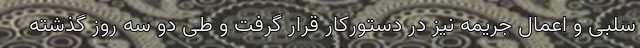
سلبی و اعمال جریمه نیز در دستورکار قرار گرفت و طی دو سه روز گذشته